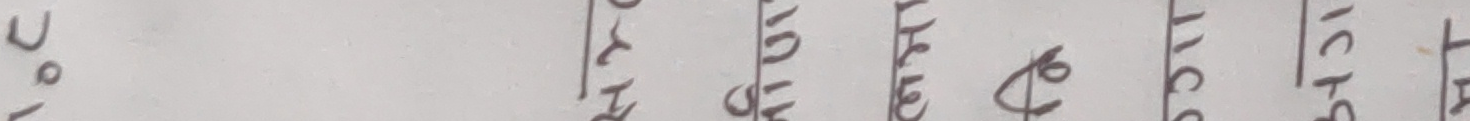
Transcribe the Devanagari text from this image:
लो १० मिनेट एक्स्ट्रा